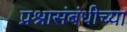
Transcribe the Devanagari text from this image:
प्रश्नासंबंधीच्या